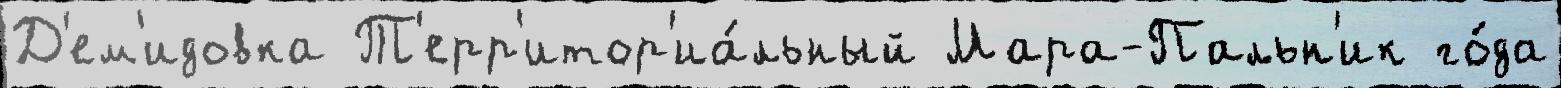
Д'ем'идовка Т'ерр'итор'иа́льный Мара-Пальн'ик го́да